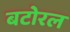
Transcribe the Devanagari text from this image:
बटोरल